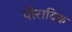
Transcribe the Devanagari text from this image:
पौरादिक